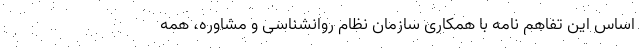
اساس این تفاهم نامه با همکاری سازمان نظام روانشناسی و مشاوره، همه